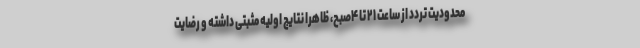
محدودیت تردد از ساعت ۲۱ تا ۴صبح، ظاهرا نتایج اولیه مثبتی داشته و رضایت